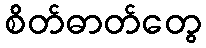
စိတ်ဓာတ်တွေ